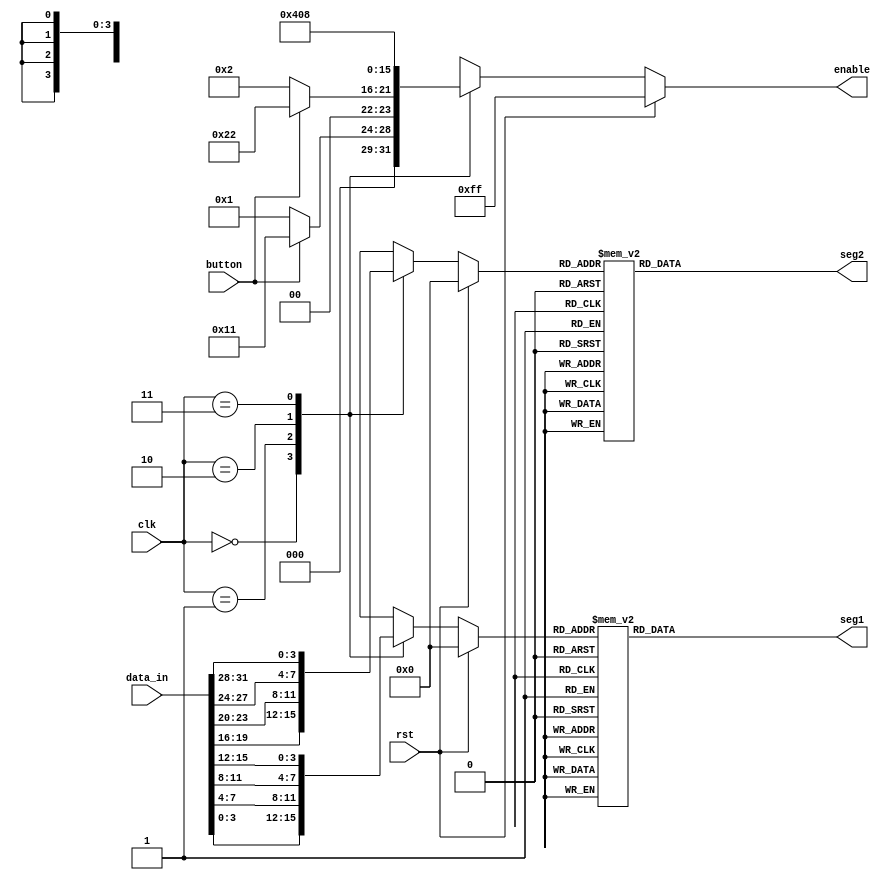
`timescale 1ns / 1ps
//////////////////////////////////////////////////////////////////////////////////
// Company: 
// Engineer: 
// 
// Design Name: 
// Module Name: display
// Project Name: 
// Target Devices: 
// Tool Versions: 
// Description: 
// 
// Dependencies: 
// 
// Revision:
// Revision 0.01 - File Created
// Additional Comments:
// 
//////////////////////////////////////////////////////////////////////////////////
module display(
    input [1:0] clk,
    input rst,
    input button,
    input  wire [31:0] data_in,
    output reg [6:0] seg1,
    output reg [6:0] seg2,
    output reg [7:0] enable
    );

    reg [3:0]   digit1;
    reg [3:0]   digit2;

    parameter // set parameters for 7-seg code
    ss = 7'b0000000,
    s0 = 7'b0111111,
    s1 = 7'b0000110,
    s2 = 7'b1011011,
    s3 = 7'b1001111,
    s4 = 7'b1100110,
    s5 = 7'b1101101,
    s6 = 7'b1111101,
    s7 = 7'b0000111,
    s8 = 7'b1111111,
    s9 = 7'b1100111,
    sr = 7'b1110111,
    sa = 7'b1110111,
    sb = 7'b1111100,
    sc = 7'b0111001,
    sd = 7'b0111110,
    se = 7'b1111001,
    sf = 7'b1110001;
    
    always @ (*)
    if (rst) begin
        enable = 8'b11111111;
        digit1 = 1'h0;
        digit2 = 1'h0;
    end
    else
        case (clk)
            2'b00: 
                begin 
                digit1 = data_in[3:0]; 
                digit2 = data_in[19:16];
                if (button == 1'b1) // if true: display 6-bit freq
                    enable = 8'b00010001; 
                else // if false: display 4-bit peak value
                    enable = 8'b00000001;
                end
            2'b01: 
                begin 
                digit1 = data_in[7:4]; 
                digit2 = data_in[23:20];
                if (button == 1'b1)
                    enable = 8'b00100010; 
                else
                    enable = 8'b00000010;
                end
            2'b10: 
                begin
                digit1 = data_in[11:8];
                digit2 = data_in[27:24];
                enable = 8'b00000100;
                end
            2'b11:
                begin
                digit1 = data_in[15:12];
                digit2 = data_in[31:28];
                enable = 8'b00001000;
                end
            default 
                begin 
                digit1 = data_in[3:0]; 
                digit2 = data_in[19:16];
                enable = 8'b00000000; 
                end
    endcase  

                
    always@(*)
    case(digit1)
        4'h0: seg1 = s0;
        4'h1: seg1 = s1;
        4'h2: seg1 = s2;
        4'h3: seg1 = s3;
        4'h4: seg1 = s4;
        4'h5: seg1 = s5;
        4'h6: seg1 = s6;
        4'h7: seg1 = s7;
        4'h8: seg1 = s8;
        4'h9: seg1 = s9;
        default: seg1 = ss;
    endcase

    always@(*)
    case(digit2)
        4'h0: seg2 = s0;
        4'h1: seg2 = s1;
        4'h2: seg2 = s2;
        4'h3: seg2 = s3;
        4'h4: seg2 = s4;
        4'h5: seg2 = s5;
        4'h6: seg2 = s6;
        4'h7: seg2 = s7;
        4'h8: seg2 = s8;
        4'h9: seg2 = s9;
        default: seg2 = ss;
    endcase
endmodule